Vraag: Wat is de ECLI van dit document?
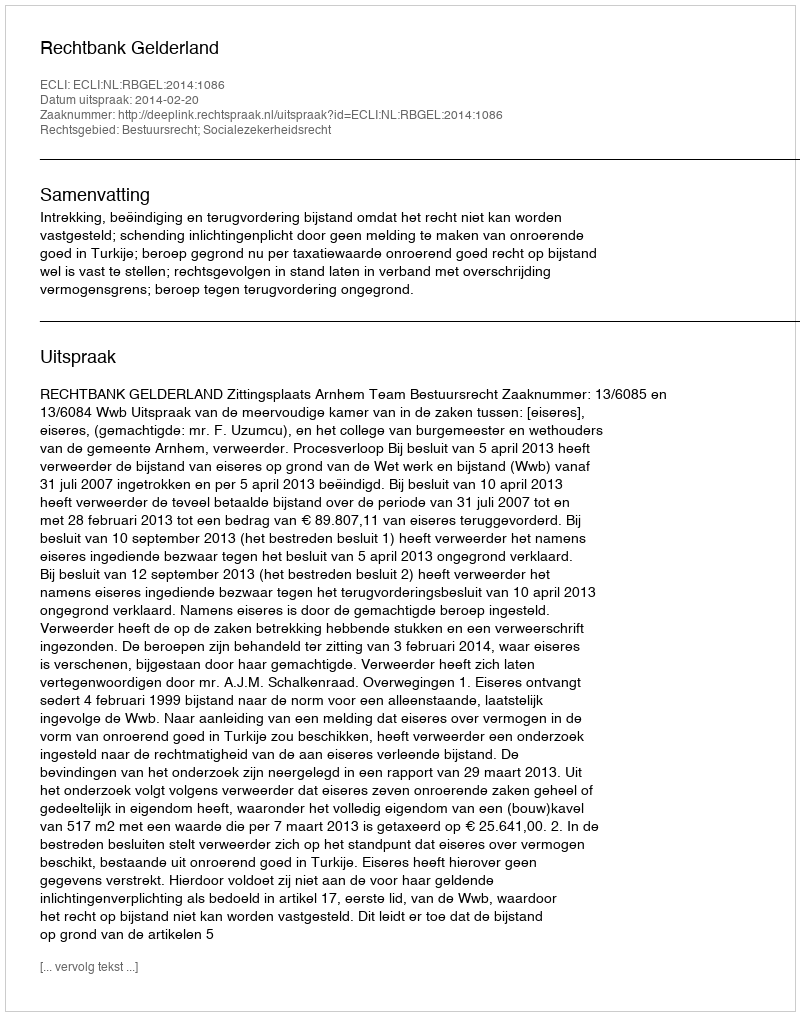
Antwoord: ECLI:NL:RBGEL:2014:1086